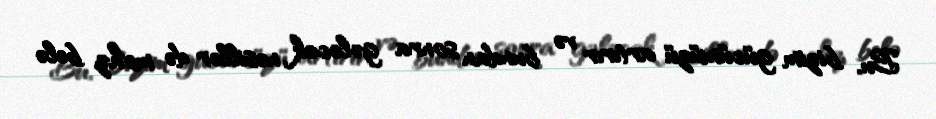
Bu, bizim gücümüzü artırır və bundan sonra gələcək nəsillər də məhz belə